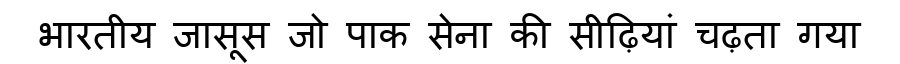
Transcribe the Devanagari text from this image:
भारतीय जासूस जो पाक सेना की सीढ़ियां चढ़ता गया